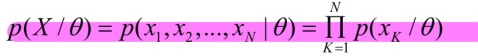
\[
p(X / \theta)=p\left(x_{1}, x_{2}, \ldots, x_{N} \mid \theta\right)=\prod_{K=1}^{N} p\left(x_{K} / \theta\right)
\]